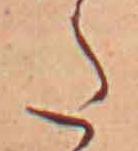
た